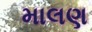
માલણ